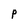
Character: P